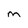
Character: M